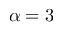
\alpha = 3